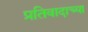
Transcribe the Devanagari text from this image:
प्रतिवादाच्या